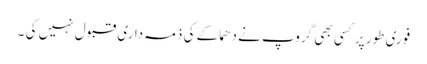
فوری طور پر کسی بھی گروپ نے دھماکے کی ذمہ داری قبول نہیں کی ۔